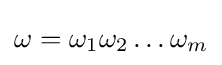
\omega =\omega _{1}\omega _{2}\dots \omega _{m}